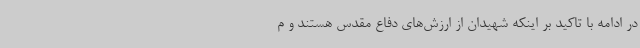
در ادامه با تاکید بر اینکه شهیدان از ارزش‌های دفاع مقدس هستند و م